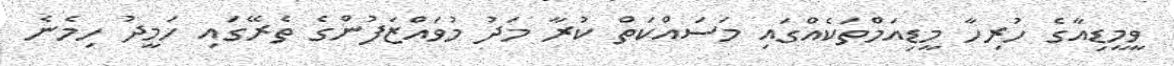
ވީމީޑިއާގެ ހުރިހާ މީޑިއަމްތަކެއްގައި މަސައްކަތް ކުރާ މަދު މުވައްޒަފުންގެ ތެރޭގައި ހަމީދު ހިމެނެ